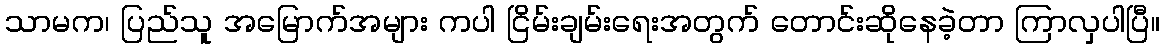
သာမက၊ ပြည်သူ အမြောက်အများ ကပါ ငြိမ်းချမ်းရေးအတွက် တောင်းဆိုနေခဲ့တာ ကြာလှပါပြီ။